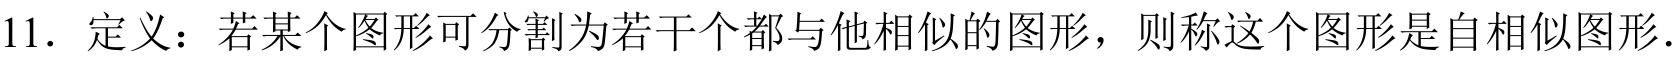
11. 定义：若某个图形可分割为若干个都与他相似的图形，则称这个图形是自相似图形.